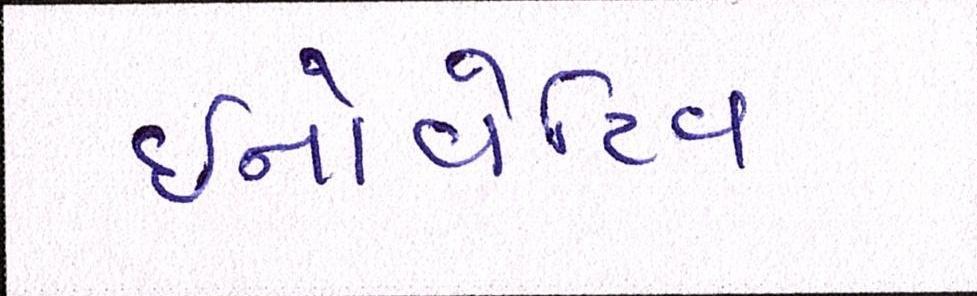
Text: ઇનોવેટિવ